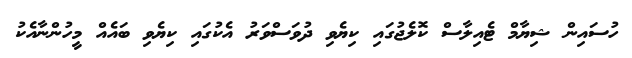
ހުސައިން ޝިޔާމް ޓެއިލާސް ކޮލެޖުގައި ކިޔެވި ދުވަސްވަރު އެކުގައި ކިޔެވި ބައެއް މީހުންނާއެކު